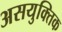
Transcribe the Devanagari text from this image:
असयुक्तिक